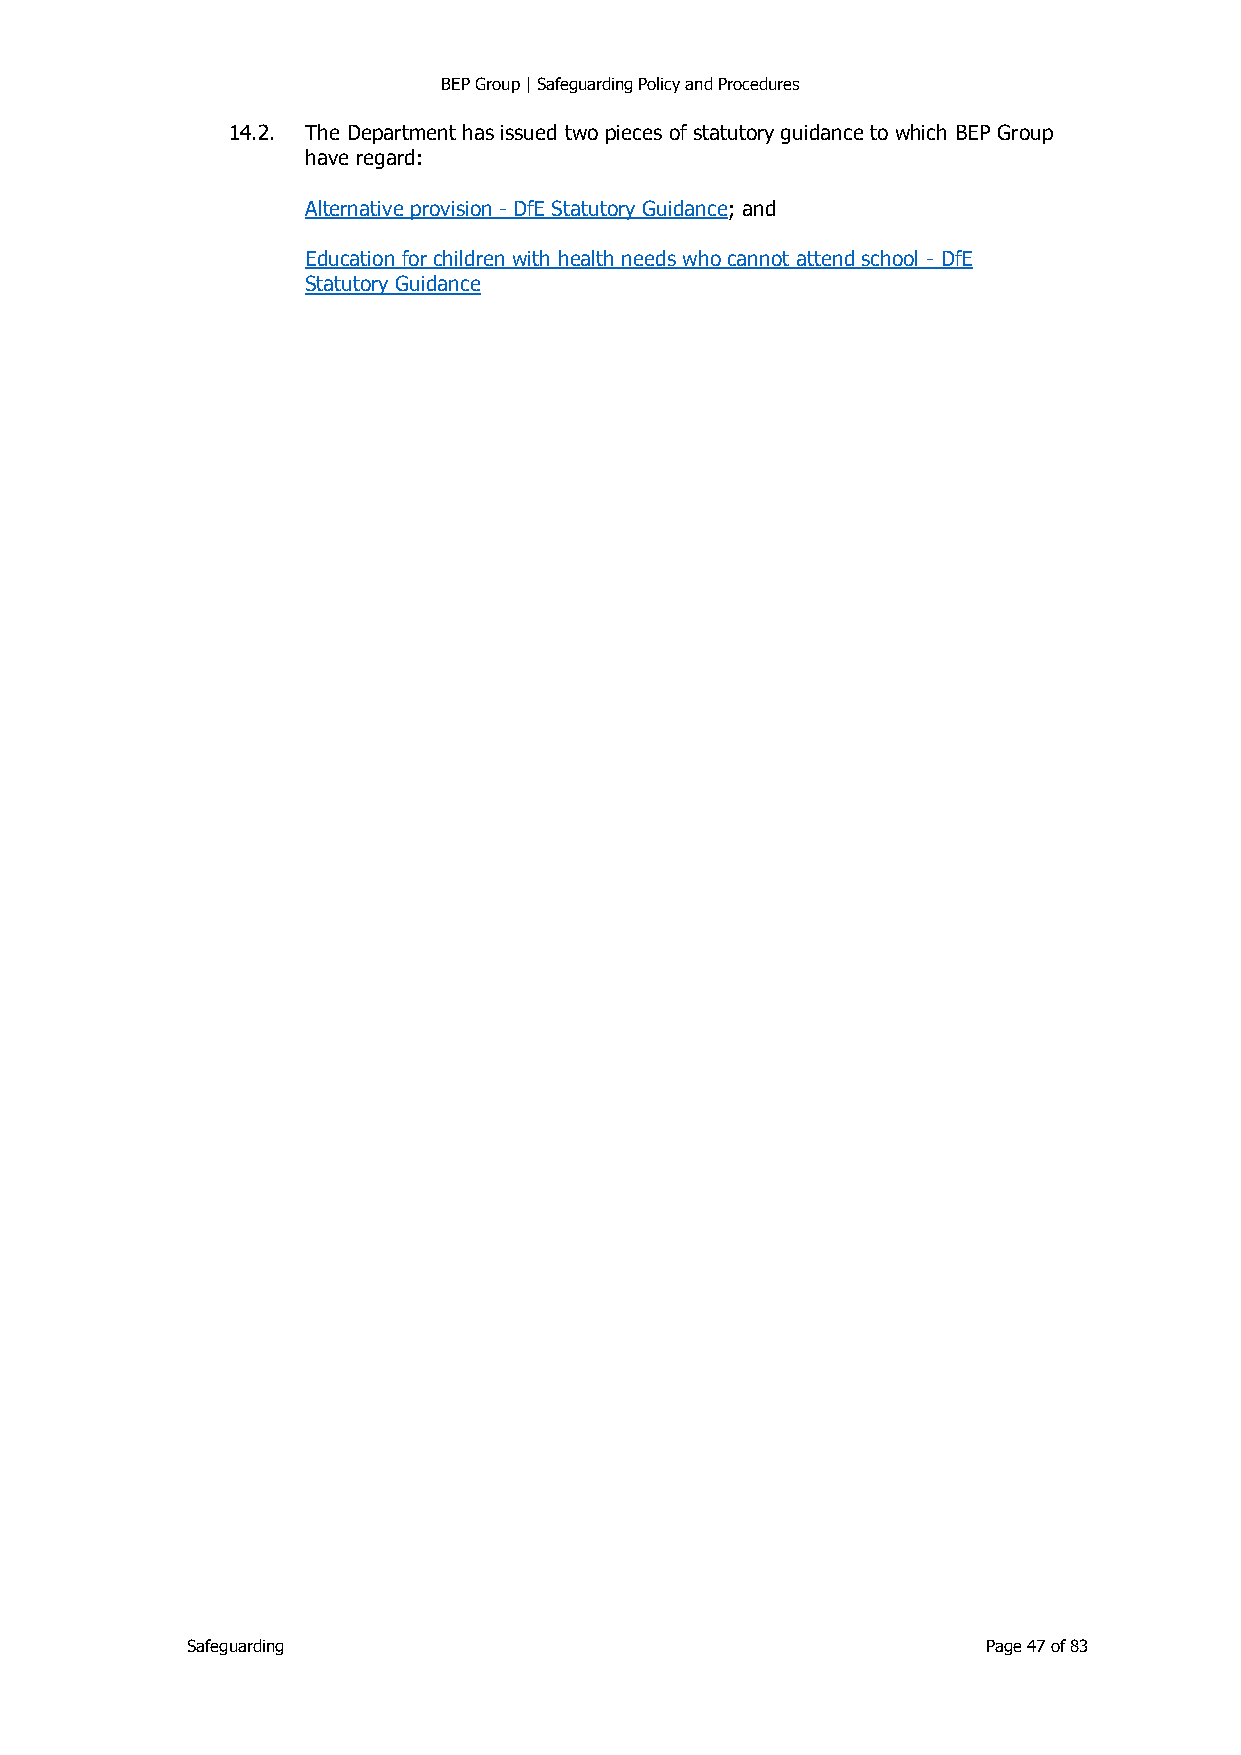
BEP Group | Safeguarding Policy and Procedures
 14.2. The Department has issued two pieces of statutory guidance to which BEP Group
 have regard:
 Alternative provision - DfE Statutory Guidance; and
 Education for children with health needs who cannot attend school - DfE
 Statutory Guidance
 Safeguarding                                         Page 47 of 83